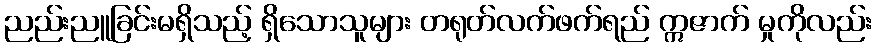
ညည်းညူခြင်းမရှိသည့် ရှိသောသူများ တရုတ်လက်ဖက်ရည် ဣဇာက် မှုကိုလည်း